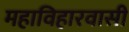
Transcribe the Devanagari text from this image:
महाविहारवासी